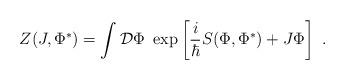
LaTeX: \begin{align*}Z(J,\Phi ^*)= \int {\cal D}\Phi \ \exp\left[ \frac{i}{\hbar }S(\Phi,\Phi^* )+J\Phi \right] \ .\end{align*}